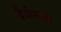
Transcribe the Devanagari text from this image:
दैर्बल्यता